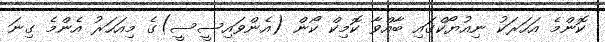
ކޮންމެ އަހަރަކު ނިއުޔޯކްގައި ބާއްވާ ކޮމިކް ކޯން (އެންވައިސީސީ)ގެ މިއަހަރު އެންމެ ގިނަ